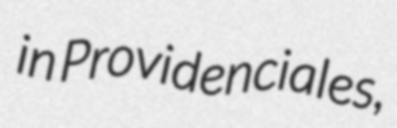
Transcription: in Providenciales,